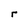
Character: r